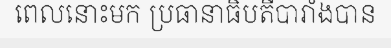
ពេលនោះមក ប្រធានាធិបតីបារាំងបាន